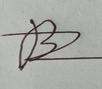
Signature authenticity: forged